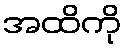
အထိကို